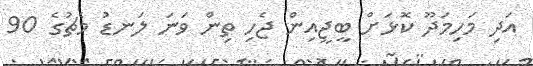
އަދި މަހިމަދޫ ކޮޅަށް ބީޖީއިން ޖެހި ތިން ވަނަ ލަނޑު މެޗުގެ 90